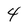
Character: 4